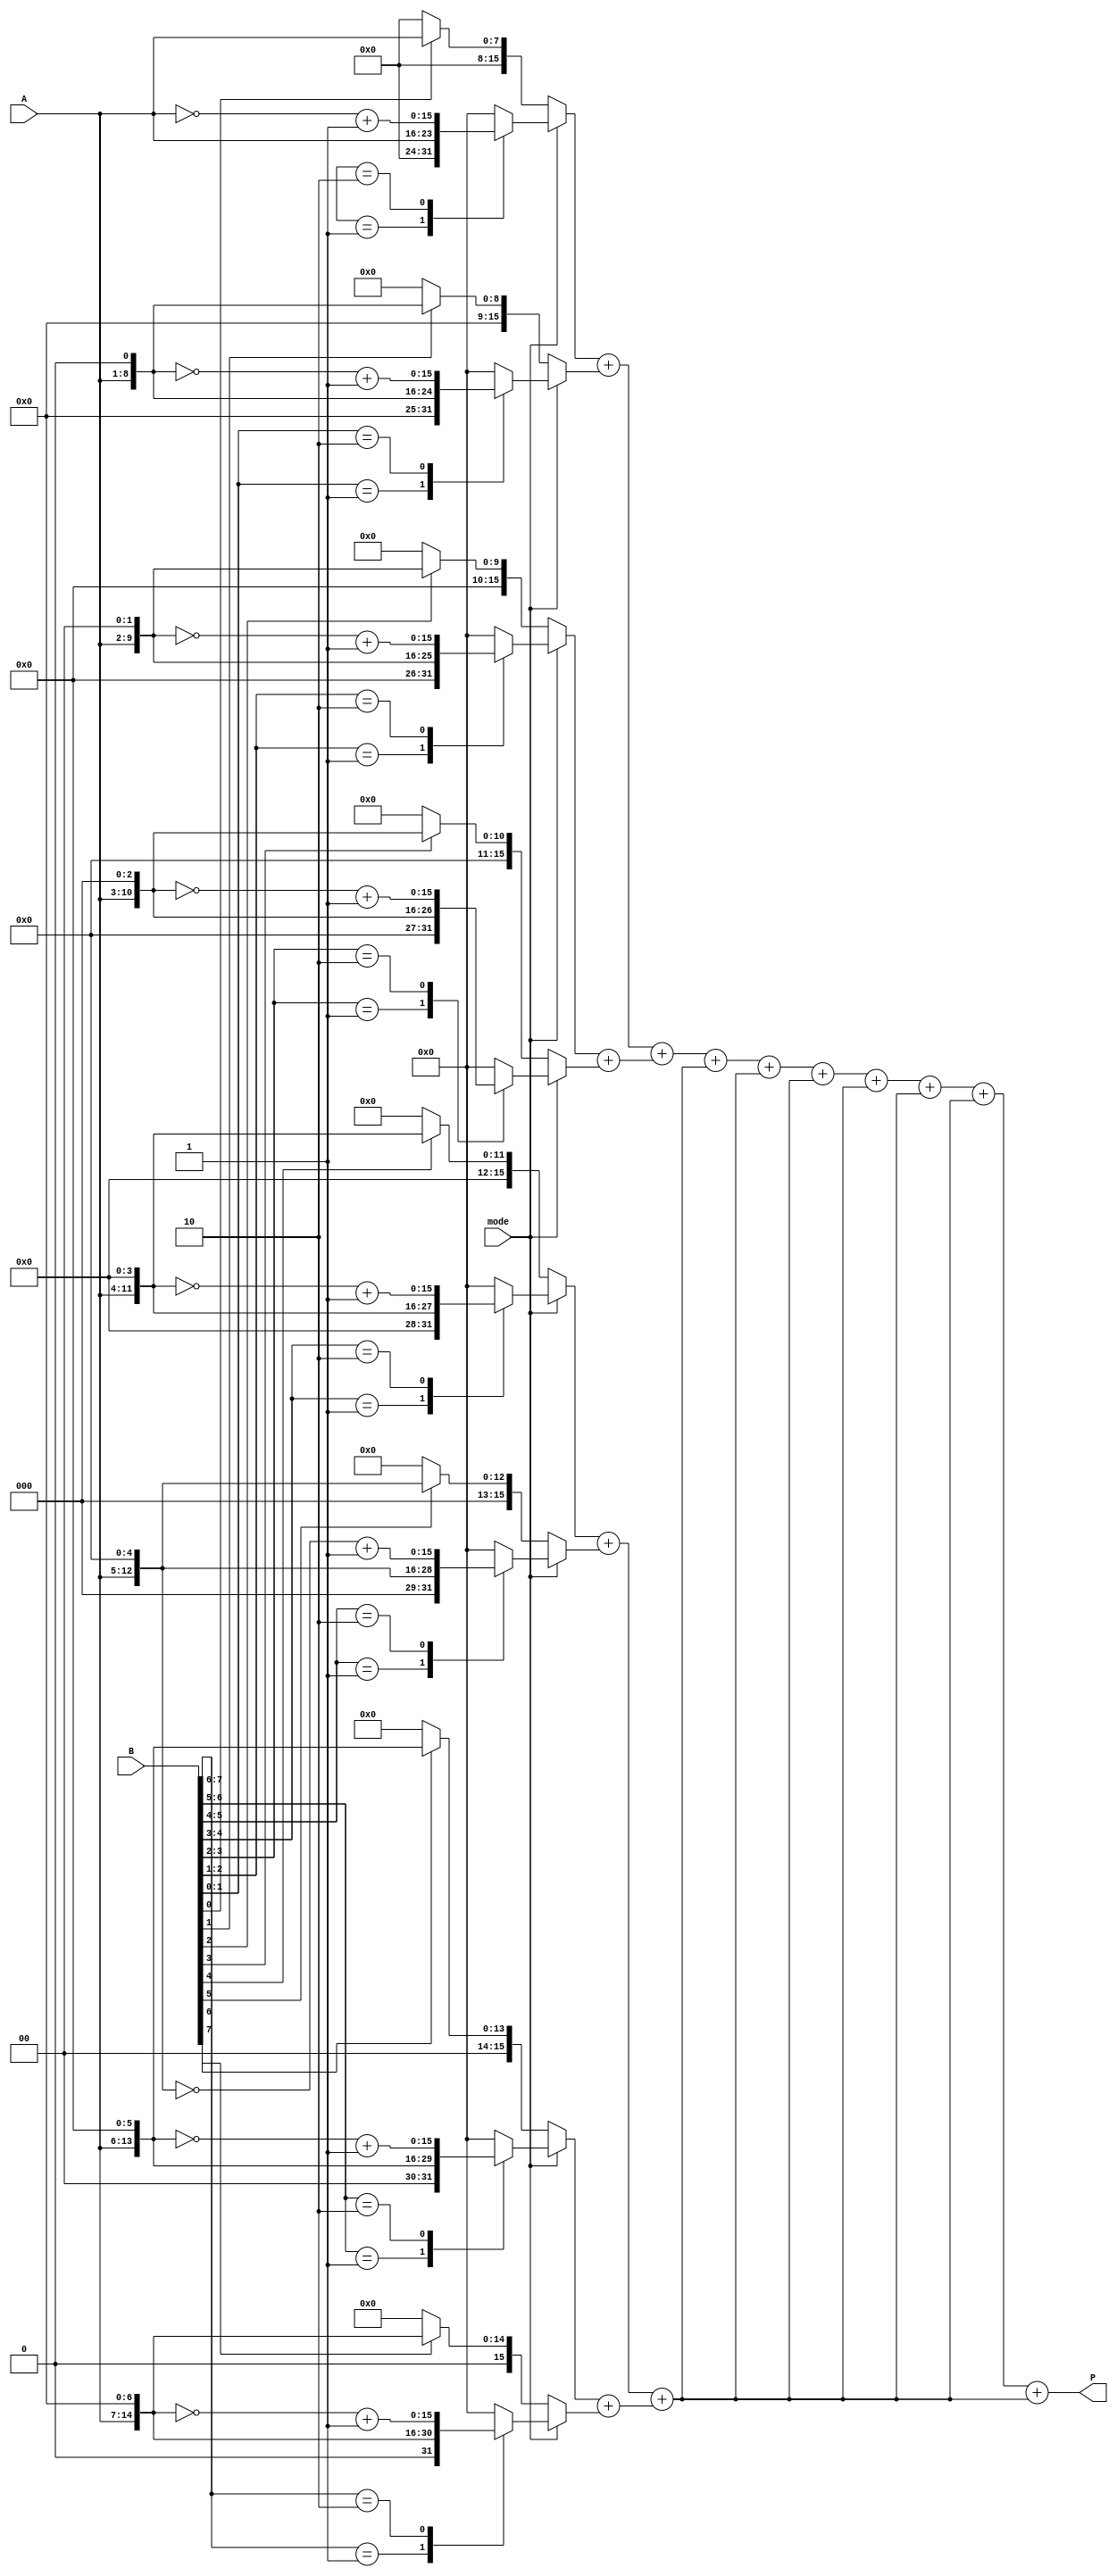
module dual_mode_wallace_tree_multiplier #(parameter N = 8) (
    input [N-1:0] A,          // First multiplicand
    input [N-1:0] B,          // Second multiplicand
    input mode,               // Control signal (0: Standard, 1: Booth's)
    output reg [2*N-1:0] P    // Product output
);

    // Internal signals for partial products
    reg [2*N-1:0] partial_products [0:N-1];
    reg [2*N-1:0] sum_stage [0:N-1];
    reg [2*N-1:0] carry_stage [0:N-1];
    integer i, j;

    // Generate partial products based on mode
    always @(*) begin
        if (mode == 0) begin // Standard Mode
            for (i = 0; i < N; i = i + 1) begin
                partial_products[i] = (B[i] ? (A << i) : 0);
            end
        end else begin // Booth's Mode
            // Booth's algorithm implementation
            // Initialize partial products
            for (i = 0; i < N; i = i + 1) begin
                partial_products[i] = 0;
            end
            
            // Booth's algorithm logic
            for (i = 0; i < N; i = i + 1) begin
                case ({B[i], B[i-1]})
                    2'b01: partial_products[i] = A << i;   // Add A shifted
                    2'b10: partial_products[i] = ~(A << i) + 1; // Subtract A shifted
                    default: partial_products[i] = 0;       // Do nothing
                endcase
            end
        end
    end

    // Wallace Tree Reduction
    always @(*) begin
        // Initialize sum and carry stages
        for (i = 0; i < N; i = i + 1) begin
            sum_stage[i] = 0;
            carry_stage[i] = 0;
        end

        // Stage 1: Sum partial products
        for (i = 0; i < N; i = i + 1) begin
            sum_stage[i] = partial_products[i];
        end

        // Reduction stages
        for (j = 0; j < N; j = j + 1) begin
            for (i = 0; i < N/2; i = i + 1) begin
                {carry_stage[i], sum_stage[i]} = sum_stage[2*i] + sum_stage[2*i + 1];
            end
        end

        // Final addition
        P = sum_stage[0] + sum_stage[1];
    end

endmodule